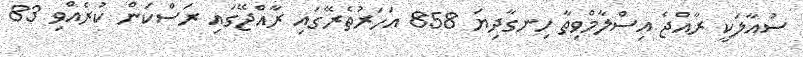
ސުއާލަކީ ރާއްޖެ އިސްލާމްވިތާ ހިނގާދިޔަ 858 އަހަރުތެރޭގައި ރާއްޖޭގައި ރަސްކަން ކުރެއްވި 83